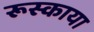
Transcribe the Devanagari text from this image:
रूस्काया